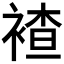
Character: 𮖕